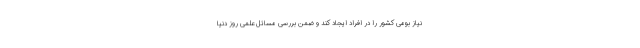
نیاز بومی کشور را در افراد ایجاد کند و ضمن بررسی مسائل علمی روز دنیا